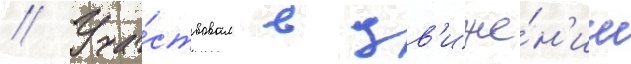
// Уча́ствовал в дв'иже́н'ии